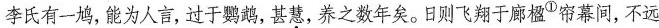
李氏有一鸠，能为人言，过于鹦鹉，甚慧，养之数年矣。日则飞翔于廊楹D帘幕间，不远